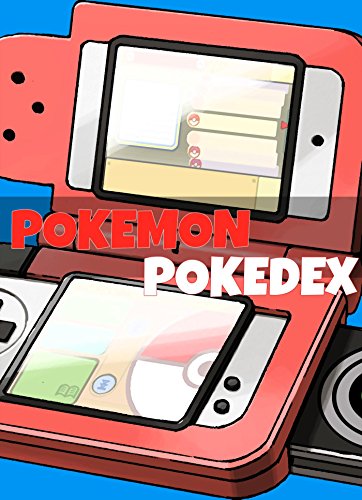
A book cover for Pokemon Pokedex - Complete List of All Pokemons; DigiDiz Guides; Computers & Technology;